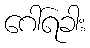
ဂေါ်ရခါး